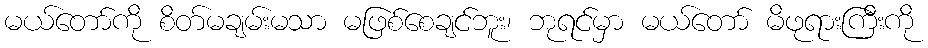
မယ်တော်ကို စိတ်မချမ်းမသာ မဖြစ်စေချင်ဘူး၊ ဘုရင်မှာ မယ်တော် မိဖုရားကြီးကို